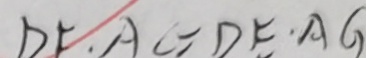
D F \cdot A C = D E \cdot A G